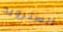
السترويد